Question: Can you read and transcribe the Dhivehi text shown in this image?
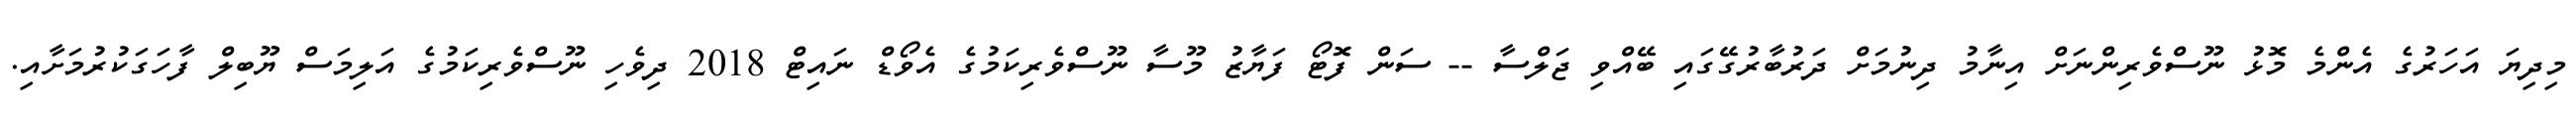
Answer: މިދިޔަ އަހަރުގެ އެންމެ މޮޅު ނޫސްވެރިންނަށް އިނާމު ދިނުމަށް ދަރުބާރުގޭގައި ބޭއްވި ޖަލްސާ -- ސަން ފޮޓޯ ފަޔާޒު މޫސާ ނޫސްވެރިކަމުގެ އެވޯޑް ނައިޓް 2018 ދިވެހި ނޫސްވެރިކަމުގެ އަލިމަސް ޔޫބިލް ފާހަގަކުރުމަށާއި.